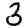
Digit: 3